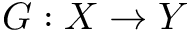
G : X \rightarrow Y